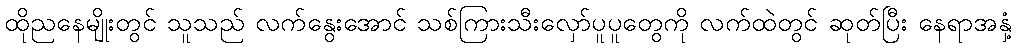
ထိုညနေမျိုးတွင် သူသည် လက်နွေးအောင် သစ်ကြားသီးလှော်ပူပူတွေကို လက်ထဲတွင် ဆုတ်ပြီး နေရာအနှံ့